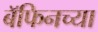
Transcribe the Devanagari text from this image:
बॅफिनच्या